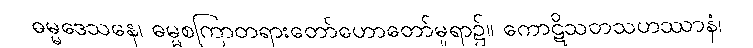
ဓမ္မဒေသနေ၊ ဓမ္မစကြာတရားတော်ဟောတော်မူရာ၌။ ကောဋိသတသဟဿာနံ၊